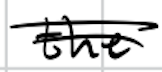
Text: the
Cross-out: double-line
Writing tool: digital_black